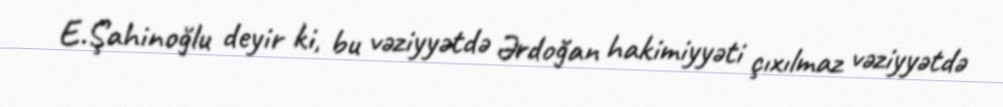
E.Şahinoğlu deyir ki, bu vəziyyətdə Ərdoğan hakimiyyəti çıxılmaz vəziyyətdə